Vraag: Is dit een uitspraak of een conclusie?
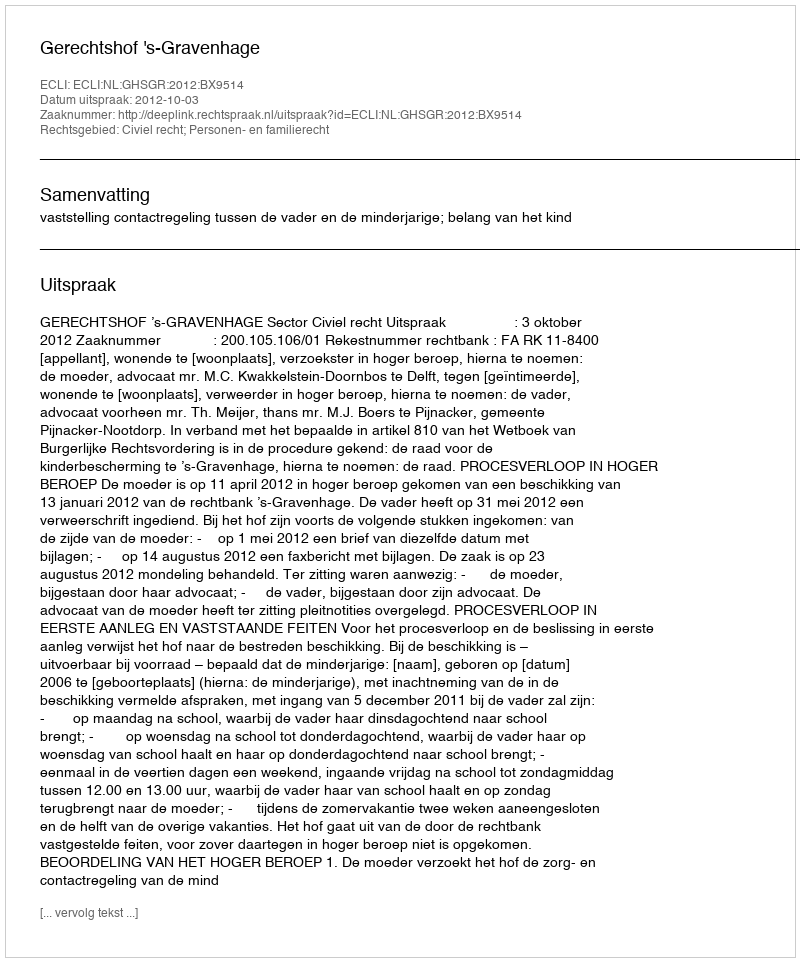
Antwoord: Uitspraak